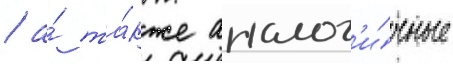
/ а́ та́кже аналог'и́чные